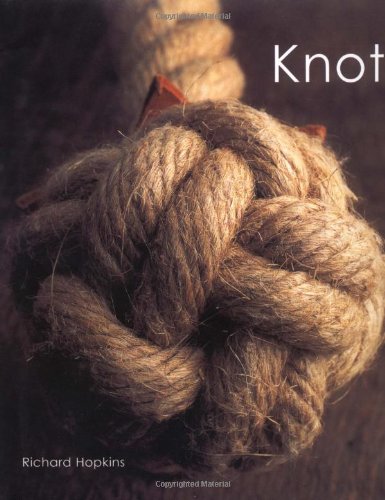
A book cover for Knots (Pocket Guide Series); Richard Hopkins; Crafts, Hobbies & Home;